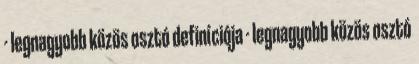
- legnagyobb közös osztó definíciója - legnagyobb közös osztó